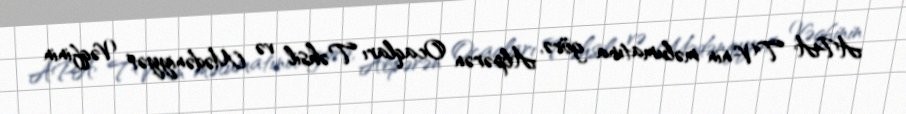
APA TV-nin məlumatına görə, Alpərən Ocaqları Təhsil və Mədəniyyət Vəqfinin